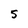
Character: 5